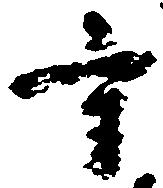
守